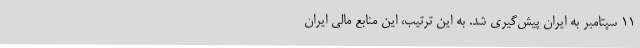
11 سپتامبر به ایران پیش‌گیری شد. به این ترتیب، این منابع مالی ایران